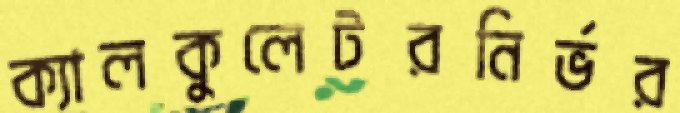
ক্যালকুলেটরনির্ভর